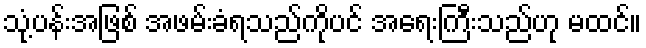
သုံ့ပန်းအဖြစ် အဖမ်းခံရသည်ကိုပင် အရေးကြီးသည်ဟု မထင်။